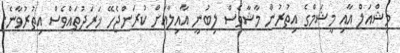
މިޝްއަލް އާއި މީޝަމްގެ އިތުރުން މާޝާވެސް ލިބުނީ އާއިލާއަށް ކުރަންޖެހޭ ޚަރަދުތައްވެސް އިތުރުވާނެ.